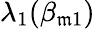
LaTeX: \lambda_{1}(\beta_{\mathfrak{m}1})